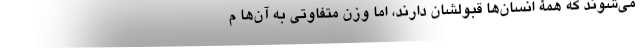
می‌شوند که همۀ انسان‌ها قبولشان دارند، اما وزن متفاوتی به آن‌ها م